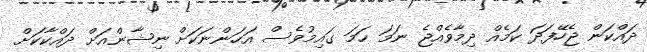
ދައްކަން ޖެހޭފަދަ ކަމެއް ދިމާވެއްޖެ ނަމަ ހަމަ ގައިމުވެސް އަހަންނަކަށް ނިޝާންއަށް ދައްކާކަށް